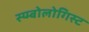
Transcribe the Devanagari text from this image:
स्य्म्बोलोगिस्ट